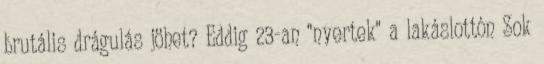
brutális drágulás jöhet? Eddig 23-an "nyertek" a lakáslottón Sok